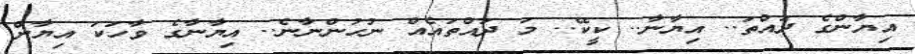
އިޔާންގެ ދައްތަ.. އިޔާނާ.. ކީކޭ.. މަ ދައްތައެއް ނުހުންނާނެ.. އިޔާނާގެ ވާހަކަ އިޔާން